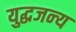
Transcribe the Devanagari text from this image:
युद्धजन्‍य